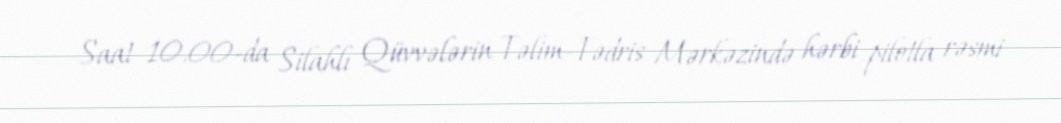
Saat 10.00-da Silahlı Qüvvələrin Təlim-Tədris Mərkəzində hərbi pilotla rəsmi